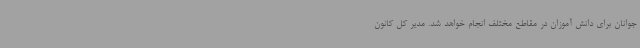
جوانان برای دانش آموزان در مقاطع مختلف انجام خواهد شد. مدیر کل کانون